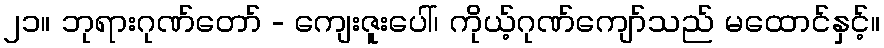
၂၁။ ဘုရားဂုဏ်တော် - ကျေးဇူးပေါ်၊ ကိုယ့်ဂုဏ်ကျော်သည် မထောင်နှင့်။